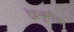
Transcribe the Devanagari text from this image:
देवभूमीस